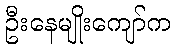
ဦးနေမျိုးကျော်က